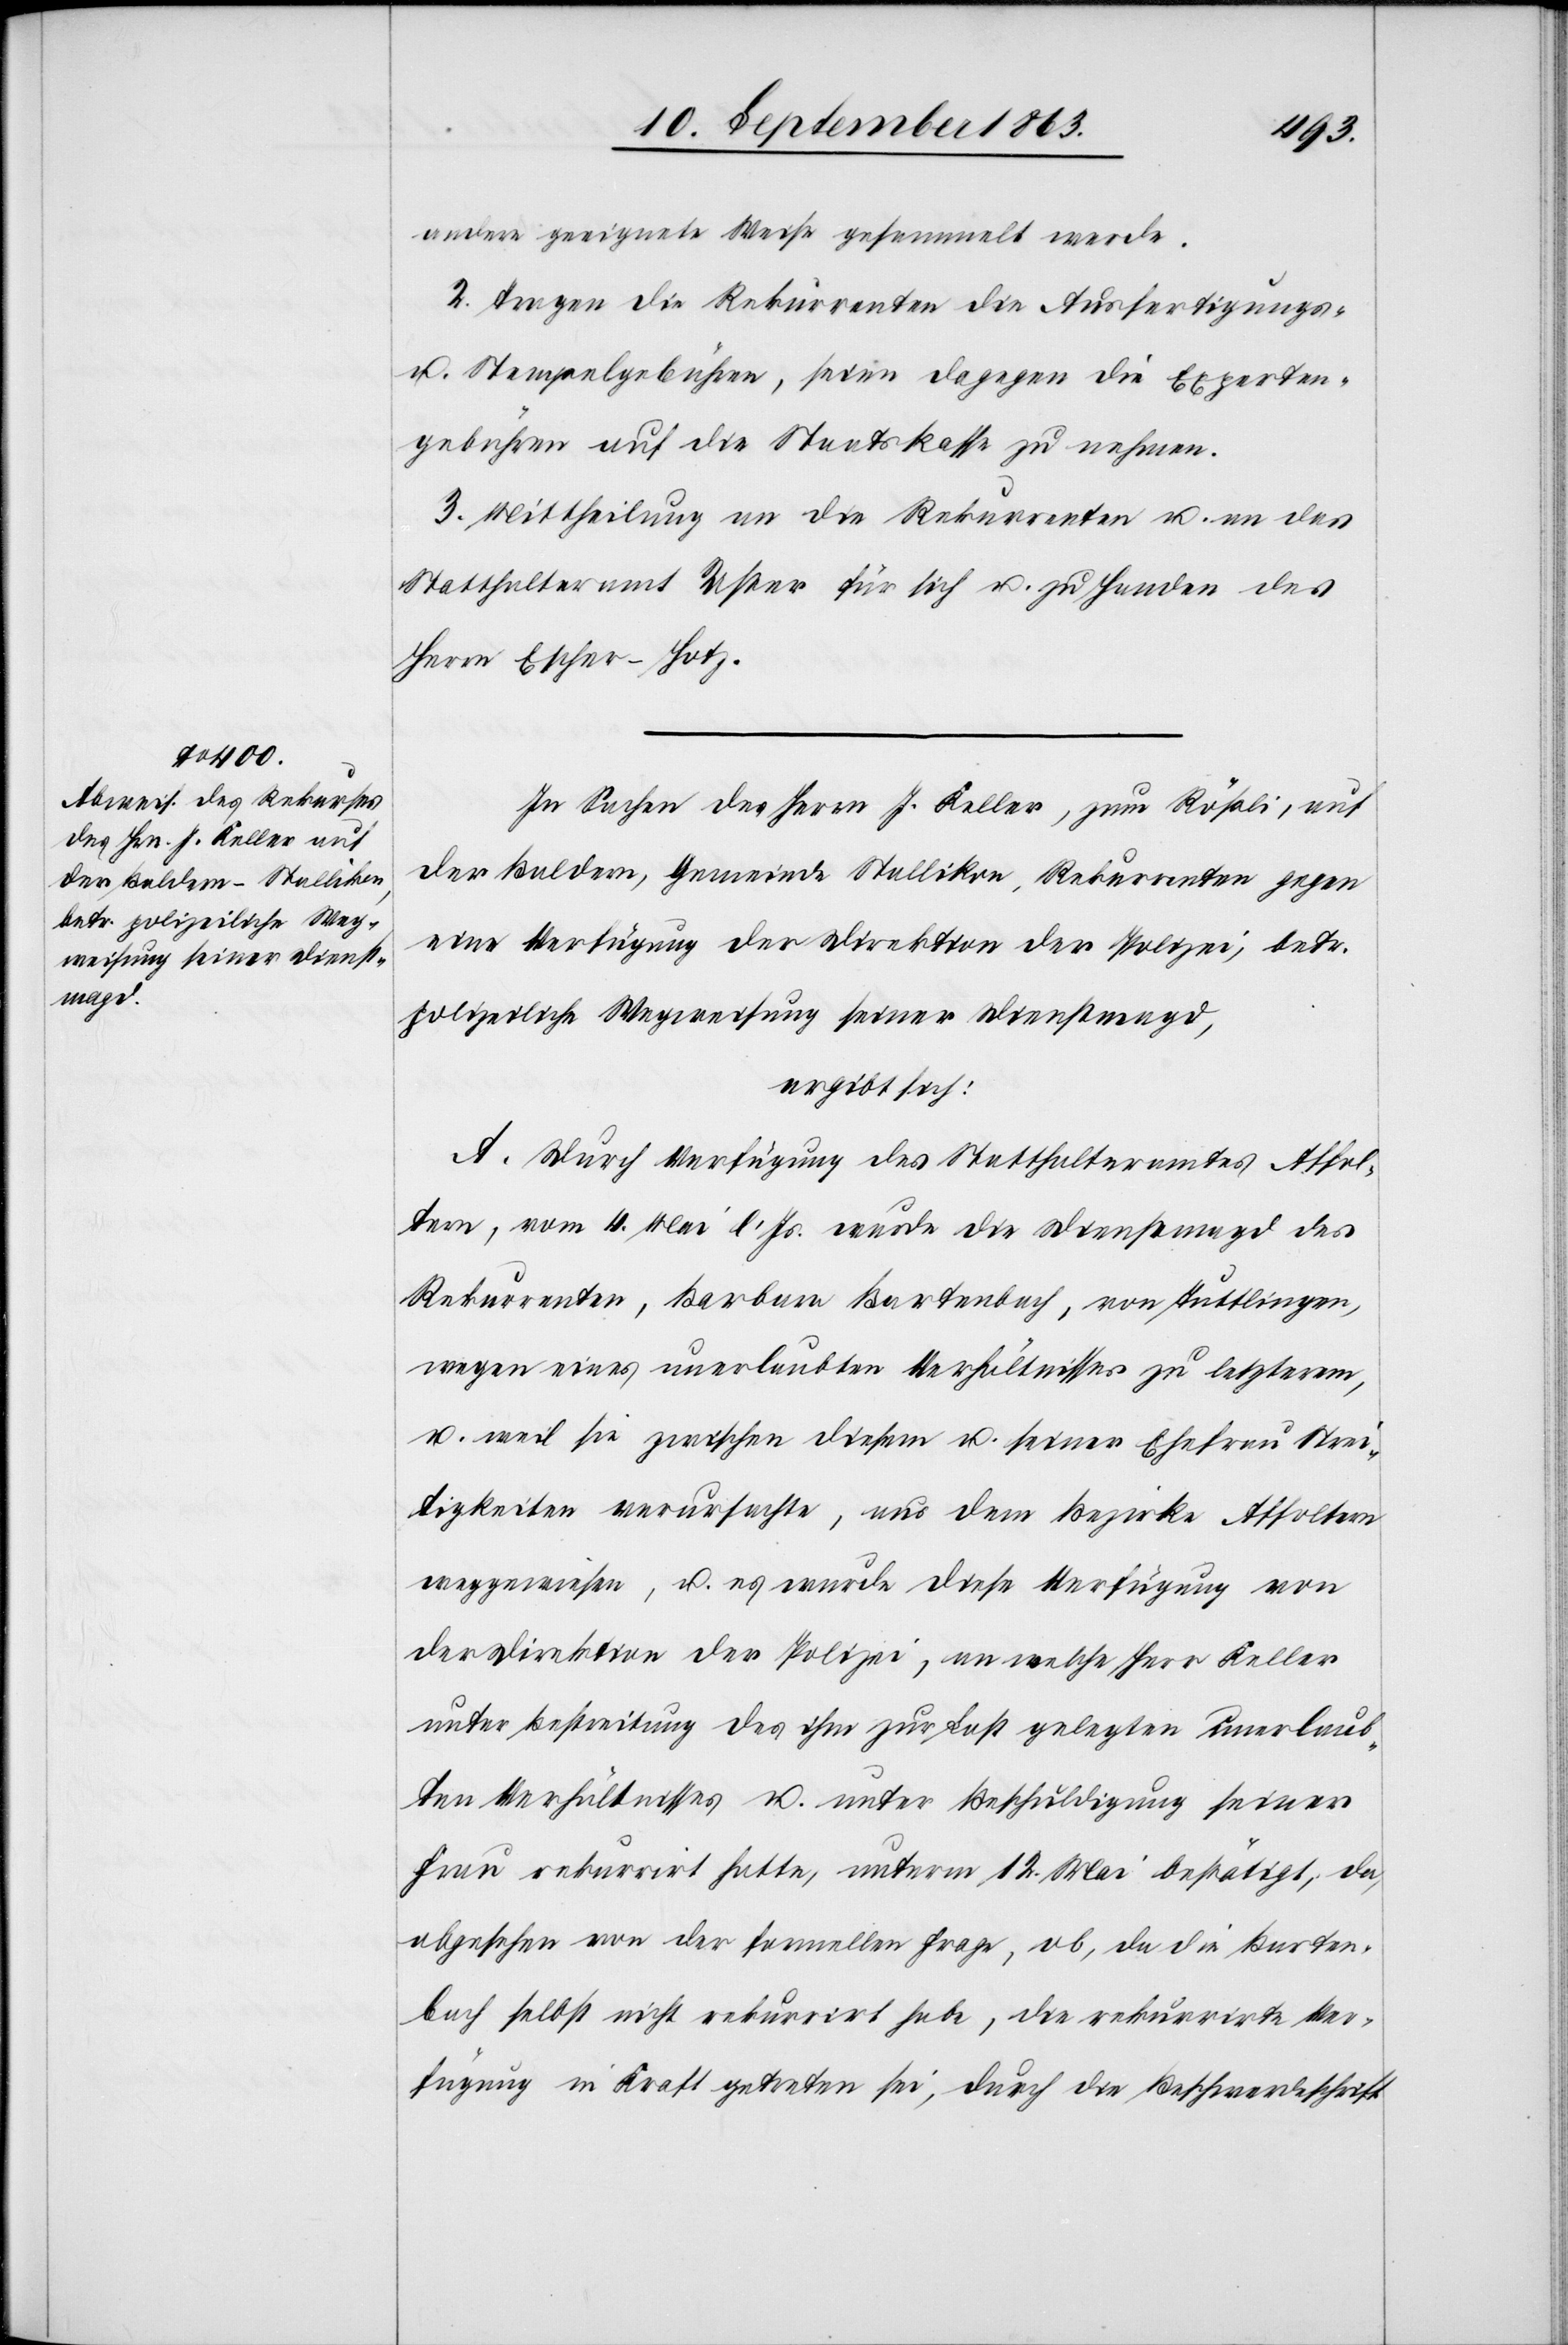
andere geeignete Weise gesammelt werde.
2. Tragen die Rekurrenten die Ausfertigungs-
u. Stempelgebühren, seien dagegen die Experten¬
gebühren auf die Staatskasse zu nehmen.
3. Mittheilung an die Rekurrenten u. an das
Statthalteramt Uster für sich u. zu Handen des
Herrn Escher-Hotz.
In Sachen des Herrn J. Keller, zum Rößli, auf
der Baldern, Gemeinde Stallikon, Rekurrenten gegen
eine Verfügung der Direktion der Polizei, betr.
polizeiliche Wegweisung seiner Dienstmagd,
ergibt sich:
A. Durch Verfügung des Statthalteramtes Affol¬
tern, vom 4. Mai l. Js. wurde die Dienstmagd des
Rekurrenten, Barbara Bartenbach, von Tuttlingen,
wegen eines unerlaubten Verhältnisses zu letzterem,
u. weil sie zwischen diesem u. seiner Ehefrau Strei¬
tigkeiten verursachte, aus dem Bezirke Affoltern
weggewiesen, u. es wurde diese Verfügung von
der Direktion der Polizei, an welche Herr Keller
unter Bestreitung des ihm zur Last gelegten unerlaub¬
ten Verhältnisses u. unter Beschuldigung seiner
Frau rekurrirt hatte, unterm 12. Mai bestätigt; da,
abgesehen von der formellen Frage, ob, da die Barten¬
bach selbst nicht rekurrirt habe, die rekurrirte Ver¬
fügung in Kraft getreten sei, durch die Beschwerdeschrift